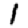
Digit: 1